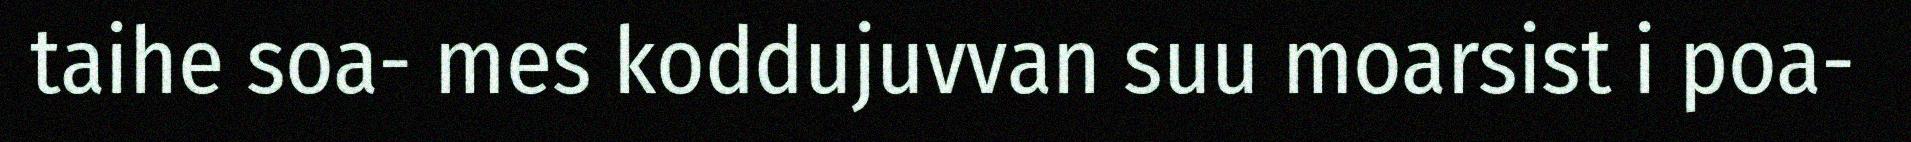
taihe soa- mes koddujuvvan suu moarsist i poa-